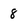
Character: 8